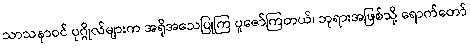
သာသနာဝင် ပုဂ္ဂိုလ်များက အရိုအသေပြုကြ ပူဇော်ကြတယ်၊ ဘုရားအဖြစ်သို့ ရောက်တော်